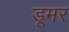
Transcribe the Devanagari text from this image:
डूमर